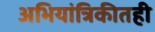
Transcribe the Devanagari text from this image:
अभियांत्रिकीतही